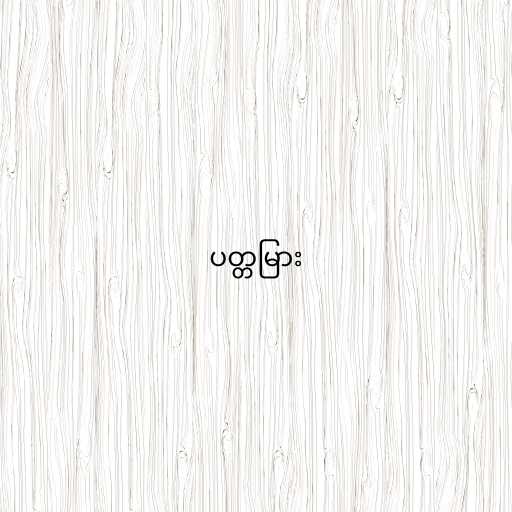
ပတ္တမြား